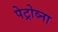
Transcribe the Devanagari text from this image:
पेट्रोव्ना